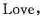
Love